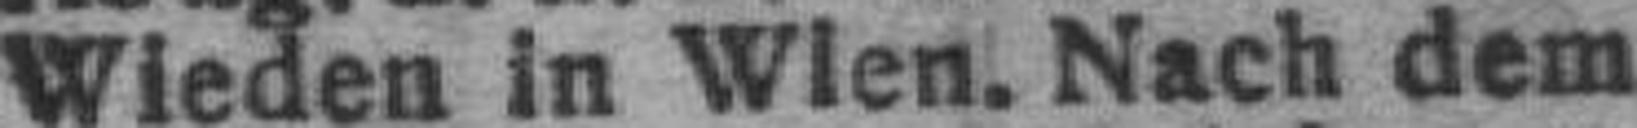
Wieden in Wien. Nach dem